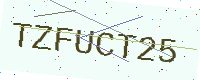
Text: TZFUCT25